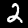
Digit: 2